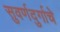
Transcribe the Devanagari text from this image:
सुवर्णदुर्गाचे